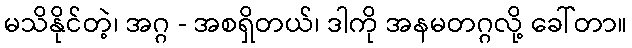
မသိနိုင်တဲ့၊ အဂ္ဂ - အစရှိတယ်၊ ဒါကို အနမတဂ္ဂလို့ ခေါ်တာ။